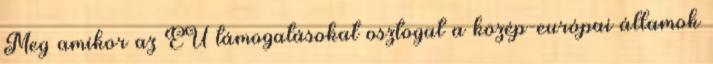
Meg amikor az EU támogatásokat osztogat a közép-európai államok